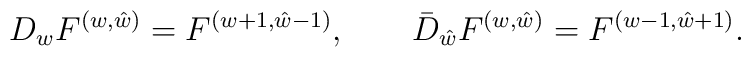
{D_w F^{(w,\hat w)} = F^{(w+1,\hat w -1)}, \qquad\bar D_{\hat w} F^{(w,\hat w)} = F^{(w-1,\hat w+1)}.}